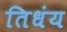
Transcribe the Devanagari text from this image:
तिधंय